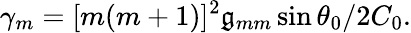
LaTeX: \gamma_{m}=[m(m+1)]^{2}\mathfrak{g}_{mm}\sin\theta_{0}/2C_{0}.